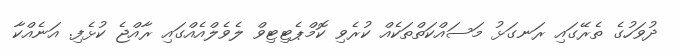
ދުވަހުގެ ތެރޭގައި ރަނގަޅު މަސައްކަތްތަކެއް ކުރެވި ކޮމްޕެޓިޓިވް ލެވެލްއެއްގައި ރާއްޖެ ކުޅެފި. އަނެއްކާ